DOW-UAP-D42, Range Fouler Debrief, Japan, 2023
Agency: Department of War
Incident date: 8/31/20
Incident location: Arabian Gulf
Page 1
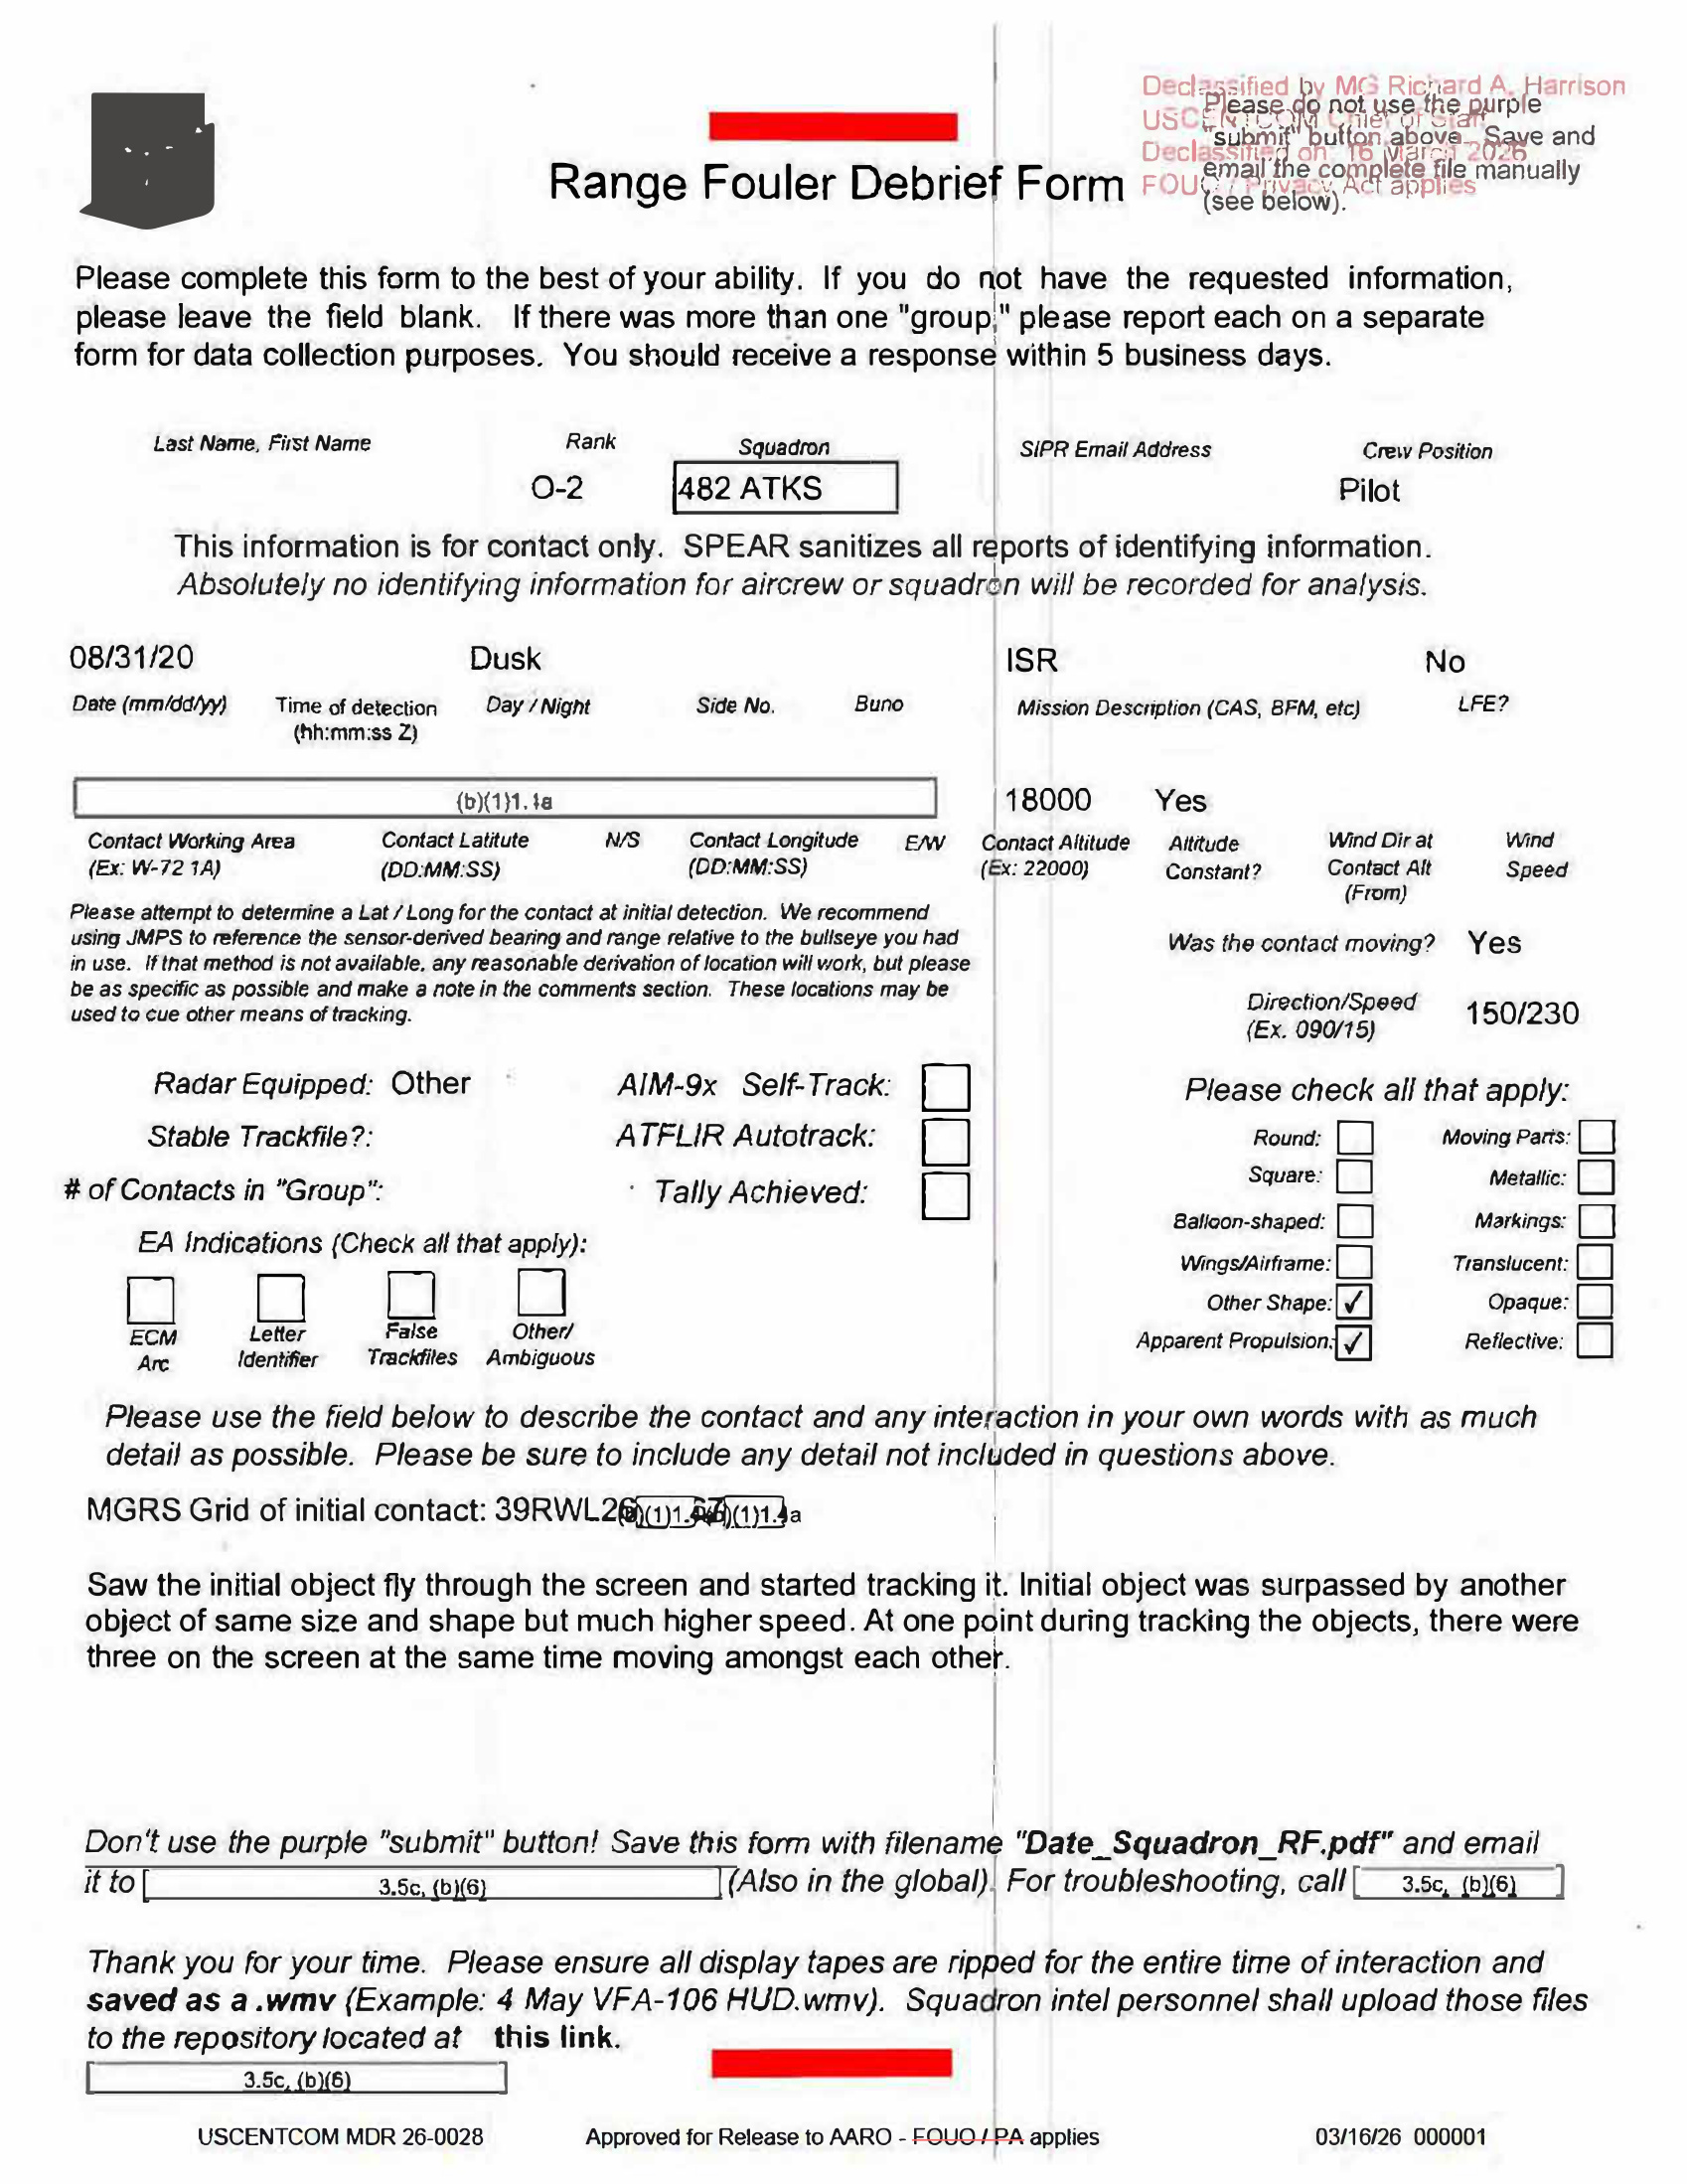